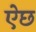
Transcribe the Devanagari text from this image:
ऐछ